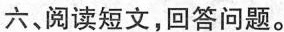
六、阅读短文，回答问题。